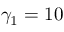
\gamma _ { 1 } = 1 0